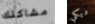
مشاكلك ديكي